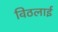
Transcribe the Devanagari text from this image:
विठलाई